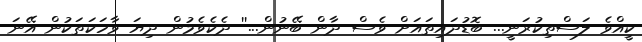
ކީއްވެ ލަސްތިކުރަނީ... ބޮޑުދައިތައަށް ވެސް ދާން ބޭނުން...'' ދެކެވެމުން ދިޔަ ވާހަކަތަކުން އޭނަ